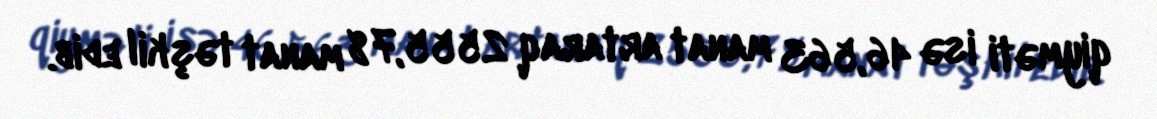
qiyməti isə 46,563 manat artaraq 2555,78 manat təşkil edib.